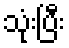
သုံးပြီး